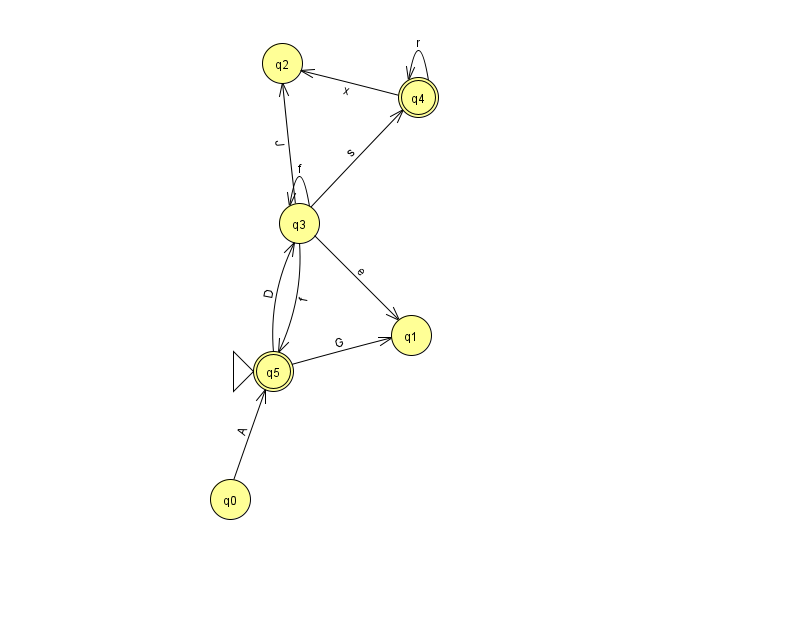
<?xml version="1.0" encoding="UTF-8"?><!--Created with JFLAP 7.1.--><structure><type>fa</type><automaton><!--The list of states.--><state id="0" name="q0"><x>230.0</x><y>486.0</y></state><state id="1" name="q1"><x>411.0</x><y>322.0</y></state><state id="2" name="q2"><x>282.0</x><y>50.0</y></state><state id="3" name="q3"><x>299.0</x><y>210.0</y></state><state id="4" name="q4"><x>418.0</x><y>84.0</y><final/></state><state id="5" name="q5"><x>273.0</x><y>358.0</y><initial/><final/></state><!--The list of transitions.--><transition><from>4</from><to>4</to><read>r</read></transition><transition><from>5</from><to>1</to><read>G</read></transition><transition><from>3</from><to>1</to><read>e</read></transition><transition><from>3</from><to>4</to><read>s</read></transition><transition><from>3</from><to>2</to><read>J</read></transition><transition><from>3</from><to>5</to><read>f</read></transition><transition><from>3</from><to>3</to><read>f</read></transition><transition><from>4</from><to>2</to><read>x</read></transition><transition><from>5</from><to>3</to><read>D</read></transition><transition><from>0</from><to>5</to><read>A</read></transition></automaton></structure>